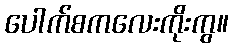
ပေါက်စကလေးကိုးကွ။